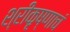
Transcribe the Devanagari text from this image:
श्रीकृष्णाचं